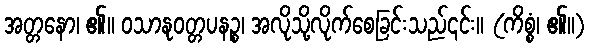
အတ္တနော၊ ၏။ ဝသာနုဝတ္တပနဉ္စ၊ အလိုသို့လိုက်စေခြင်းသည်၎င်း။ (ကိစ္စံ၊ ၏။)